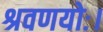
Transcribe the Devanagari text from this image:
श्रवणयोः।